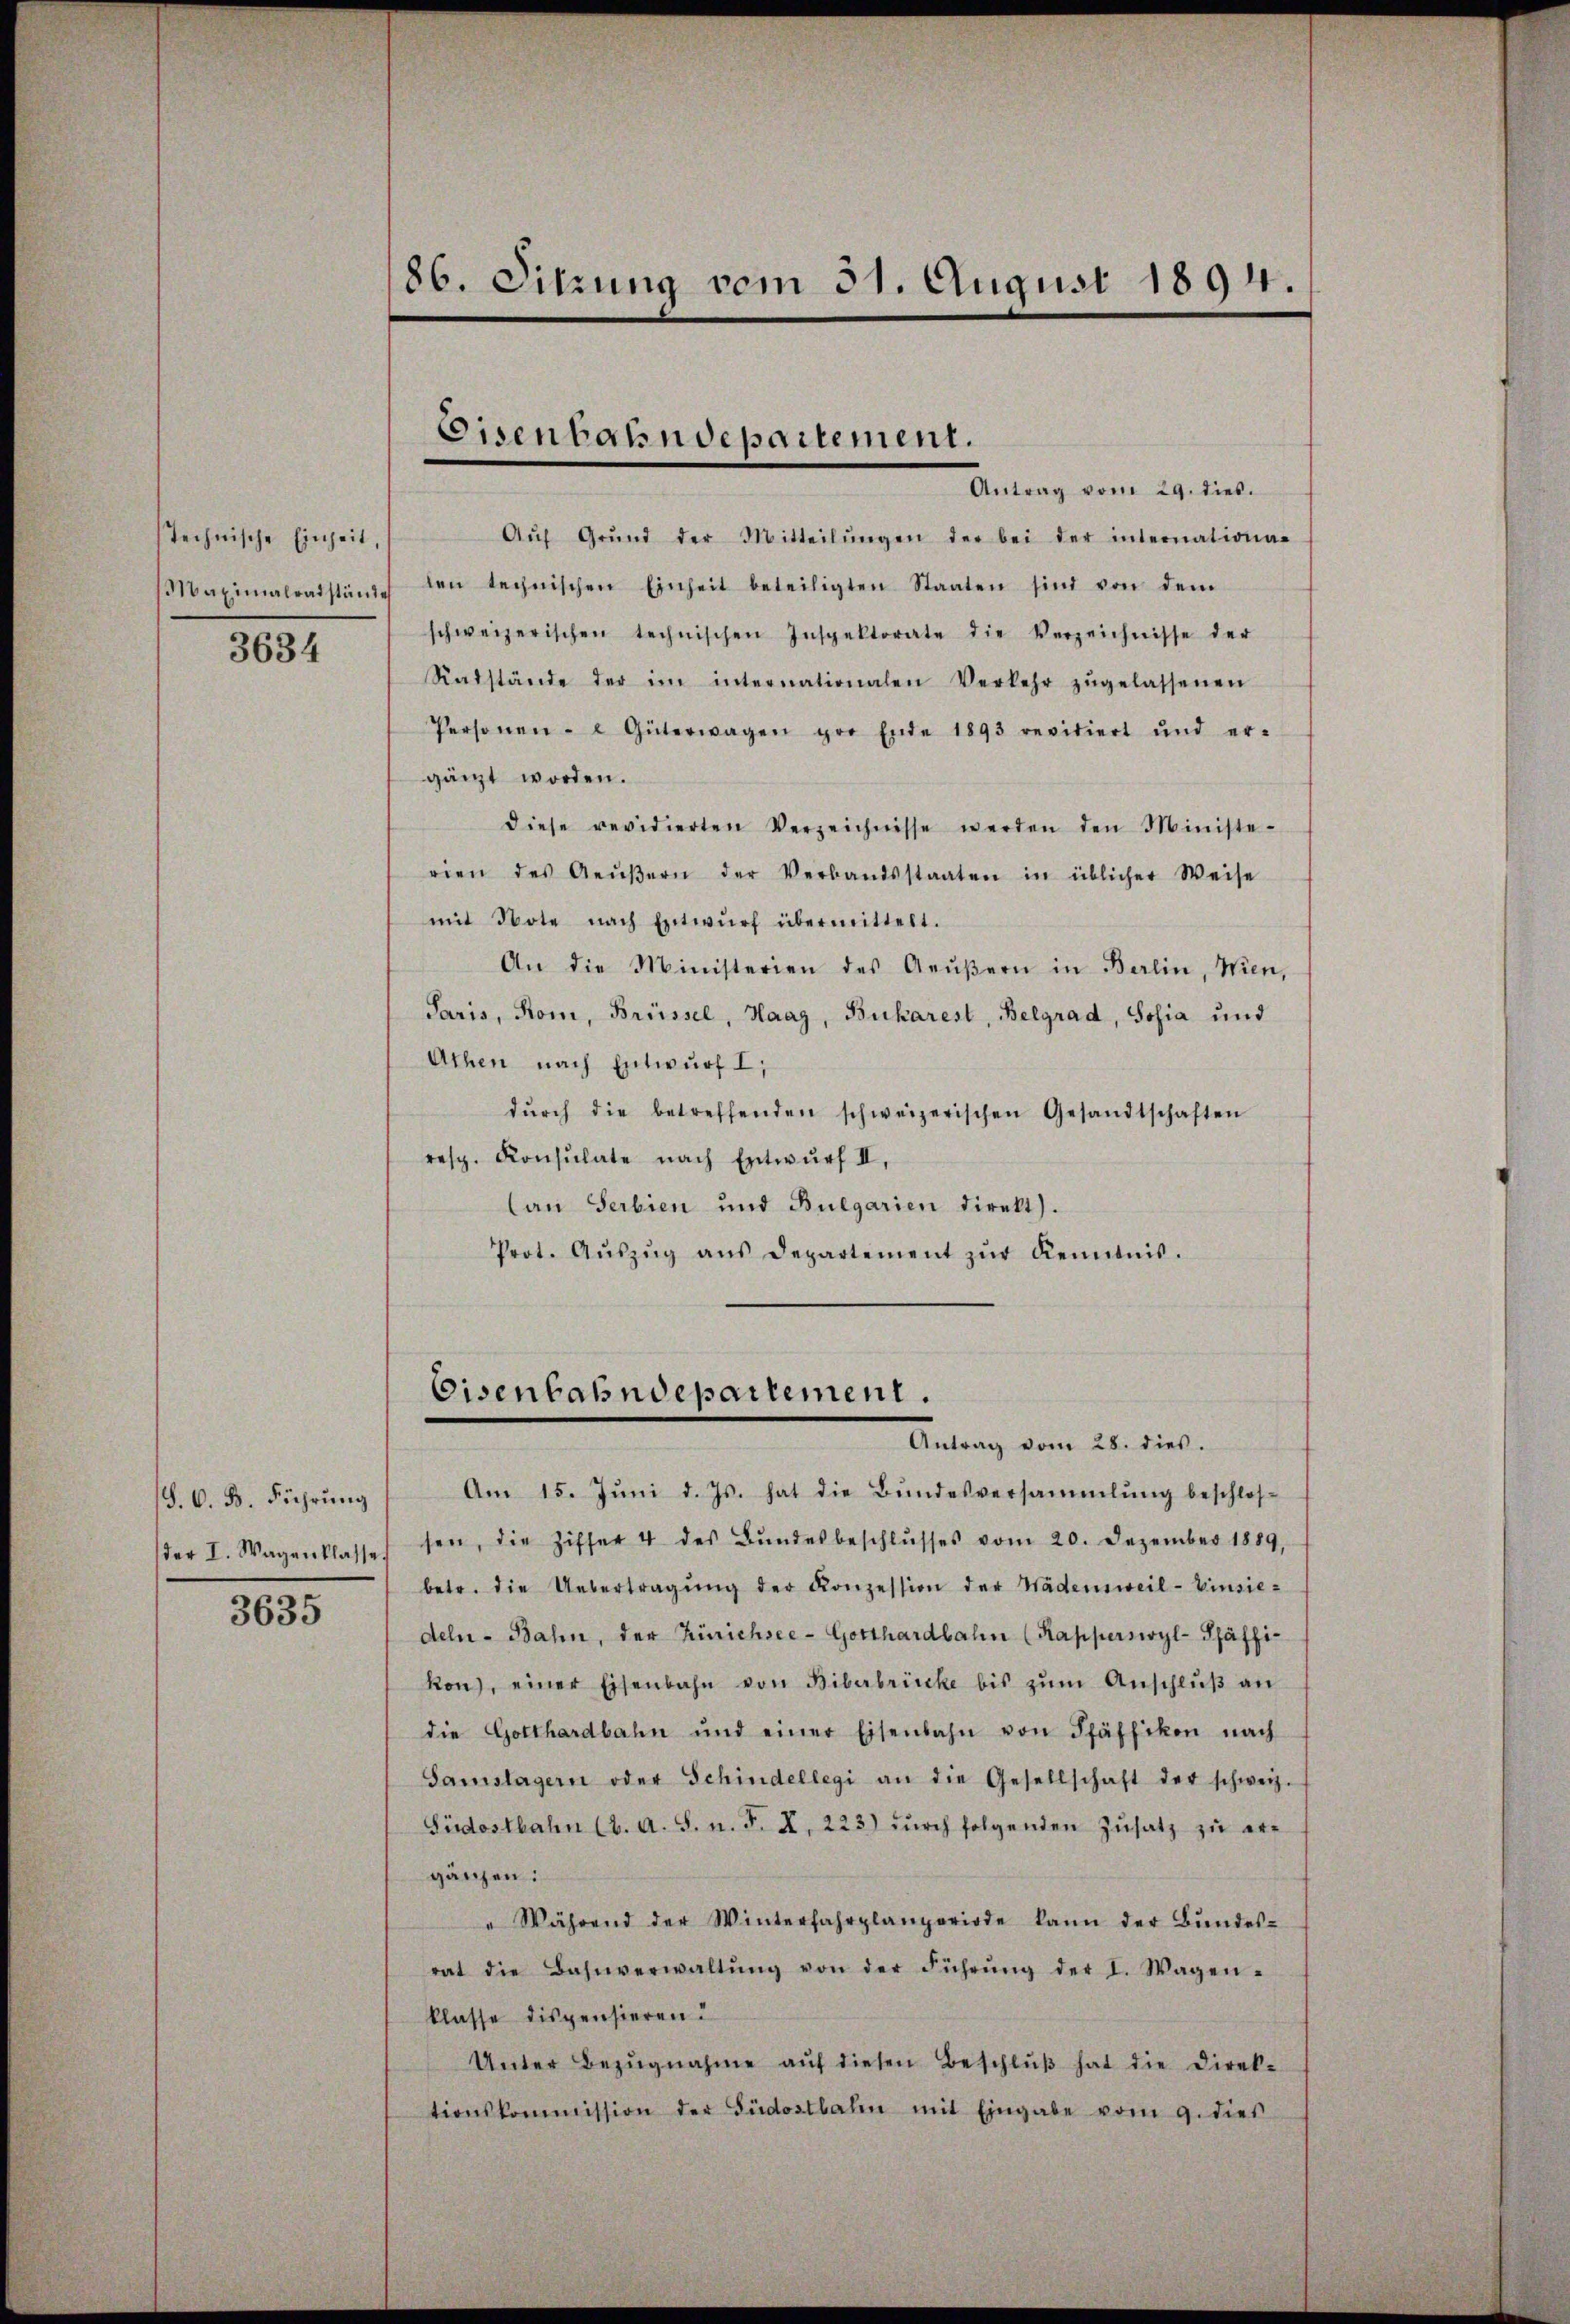
stechnische Einheit,

3634

(§. 6. B. Führung
der I. Wagenklasse

3635

86. Sitzung vom 31. August 1894.

Eisenbahndepartement.

Antrag vom 29. dies.
Aŭf Grŭnd der Mitteilŭngen der bei der internationa-
Maximalratstände den technischen Einheit beteiligten Staaten sind von dem
schweizerischen technischen Inspektorate die Verzeichnisse der
Radstände der im internationalen Verkehr zŭgelassenen
Personen- u Güterwagen pro Ende 1893 revidiert und er-
gänzt worden.
diese revidierten Verzeichnisse werden den Ministe-
rien des Aeŭβern der Verbandsstaaten in üblicher Weise
mit Note nach Entwŭrf übermittelt.
An die Ministerien des Aeŭβern in Berlin, Wien,
Paris, Rom, Brüssel, Haag, Bukarest, Belgrad, Josia und
Athen nach Entwurf I,
dŭrch die betreffenden schweizerischen Gesandtschaften
resp. Konsulate nach Entwŭrf II,
lan Serbien und Bulgarien direkt).
Prot. Aŭszŭg ans Departement zŭr Kenntnis.

Eisenbahndepartement.
Antrag vom 28. dies.

Am 15. Jŭni d. Js. hat die Bŭndesversammlung beschlos-
sen, die Ziffer 4 des Bŭndesbeschlŭsses vom 20. Dezember 1889,
betr. die Uebertragŭng der Konzession der Wädensweil- Einsie-
deln-Bahn, der Zürichsee-Gotthardbahn (Kapperswyl-Pfäffi-
kon), einer Eisenbahn von Biberbrücke bis zŭm Anschlŭβ an
die Gotthardbahn und einer Eisenbahn von Pfäffikon nach
Samstagern oder Schindellegi an die Gesellschaft der schweiz.
Südostbahn (2. A. S. n. F. X. 223) dŭrch folgenden Zŭsatz zŭ er-
gänzen:
" Während der Winterfahrplanperiode kann der Bŭndes-
rat die Bahnverwaltŭng von der Führŭng der I. Wagen-
klasse dispensieren:
Unter Bezŭgnahme aŭf diesen Beschlŭβ hat die Direk-
tionskommission der Südostbahn mit Eingabe vom 9. dies